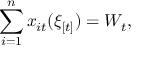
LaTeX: \sum _ { i = 1 } ^ { n } x _ { i t } ( \xi _ { [ t ] } ) = W _ { t } ,